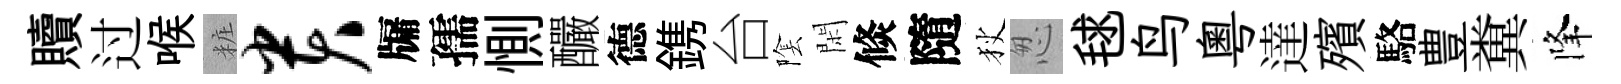
贖过喉粧贵牖孺惻釅德鎸台隂閑倐隨狄怱毬鸟粵達殯駱豊糞降